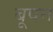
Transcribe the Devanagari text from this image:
बूषन